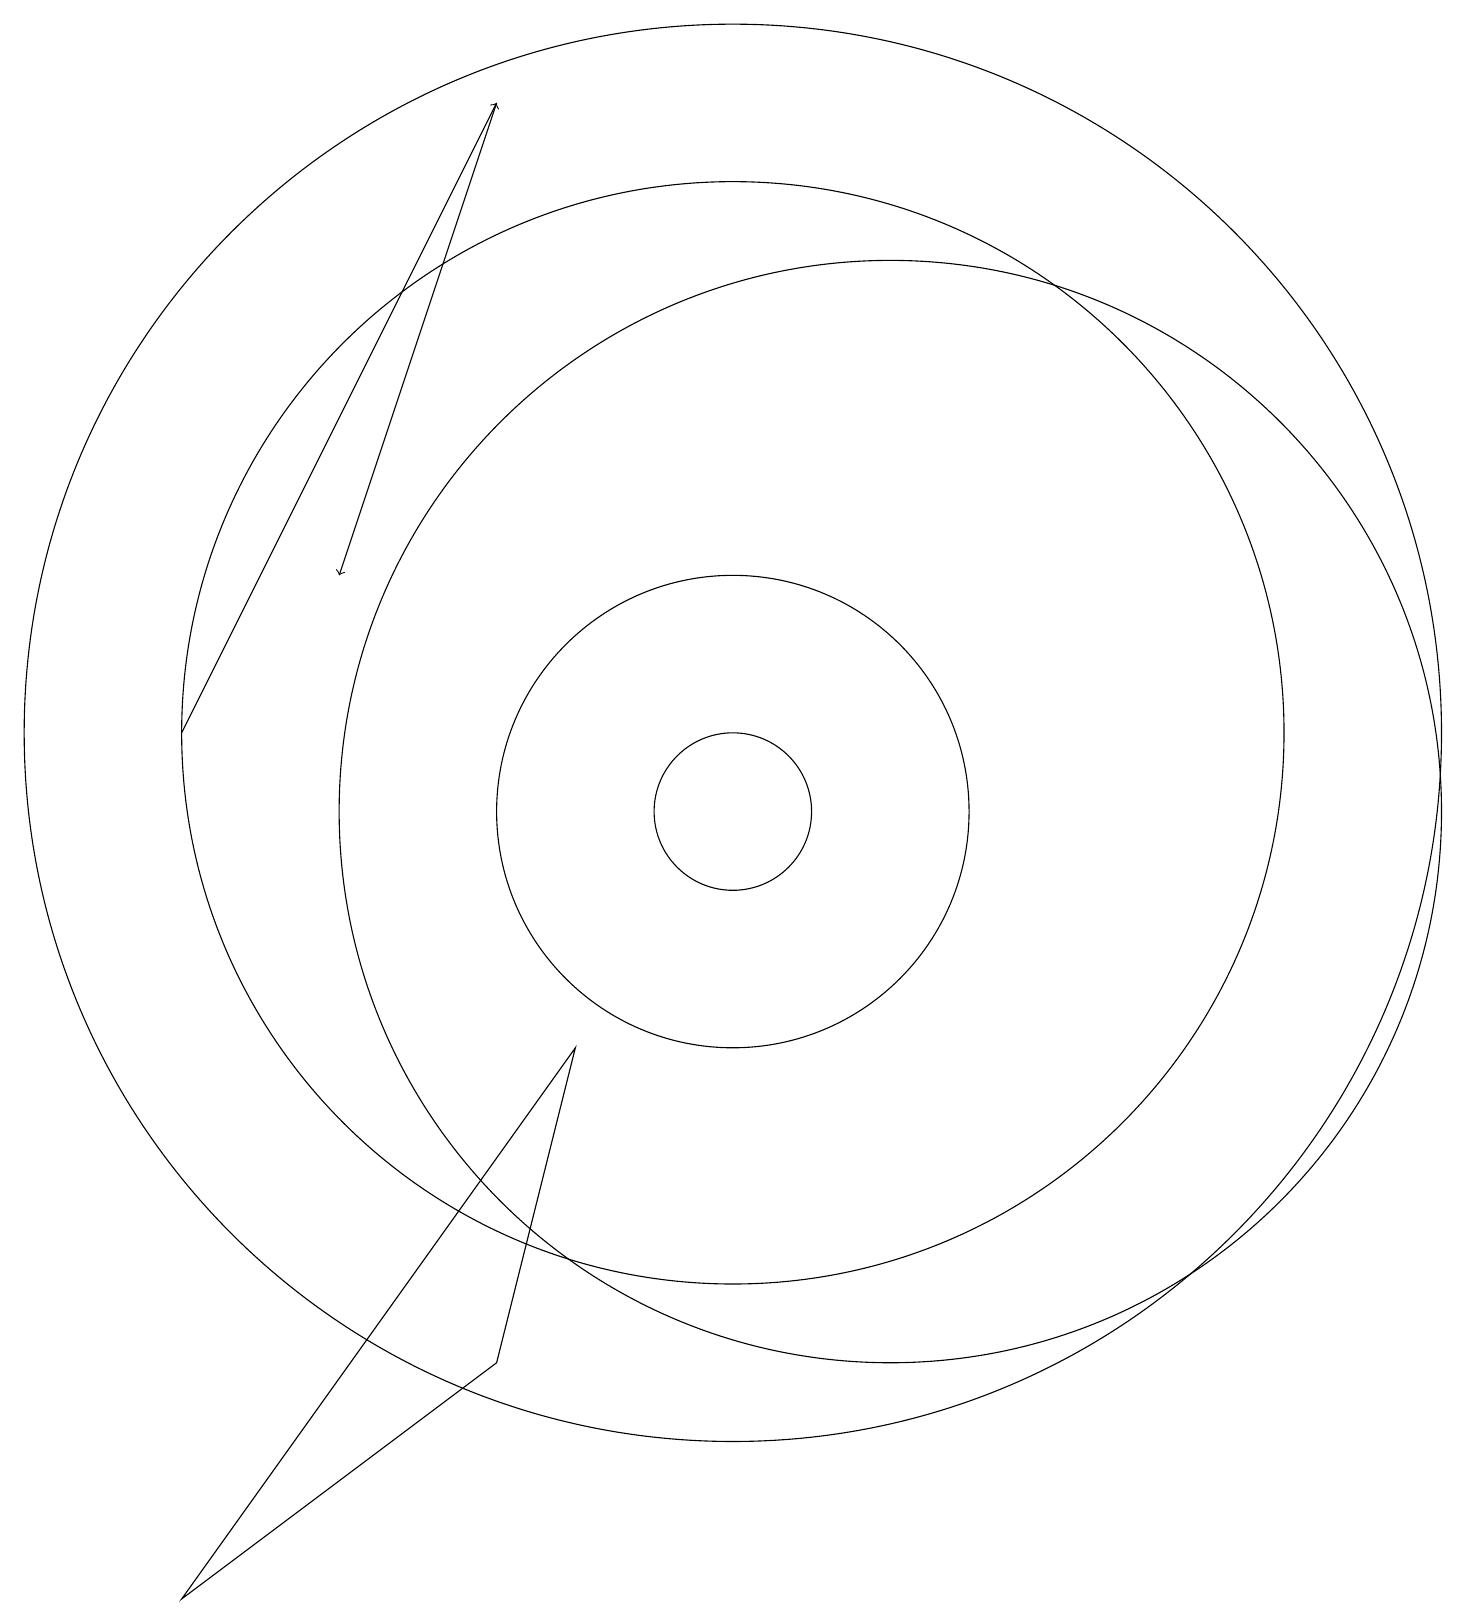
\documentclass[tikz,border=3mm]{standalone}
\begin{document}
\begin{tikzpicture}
\draw (10,10) circle (1);
\draw (12,10) circle (7);
\draw[->] (3,11) -- (7,19);
\draw (3,0) -- (7,3) -- (8,7) -- cycle;
\draw (10,11) circle (9);
\draw (10,11) circle (7);
\draw[->] (7,19) -- (5,13);
\draw (10,10) circle (3);
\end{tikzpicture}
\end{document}